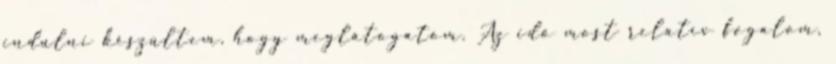
indulni készültem, hogy meglátogatom. Az idő most relatív fogalom,